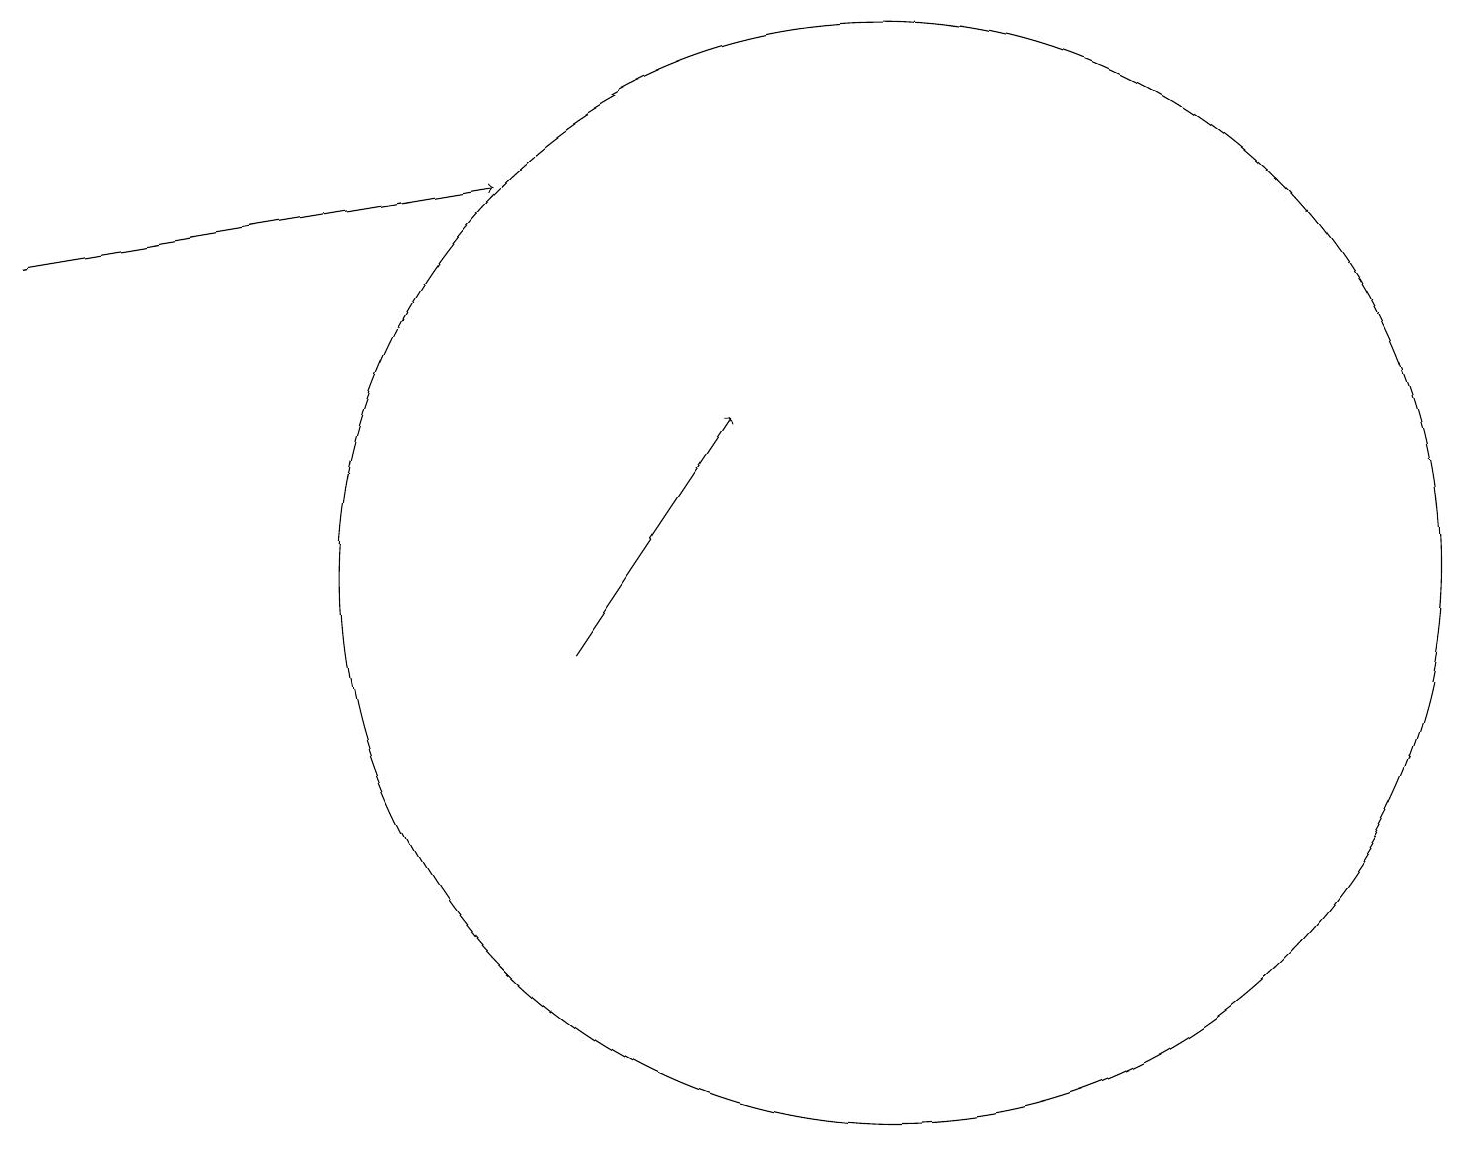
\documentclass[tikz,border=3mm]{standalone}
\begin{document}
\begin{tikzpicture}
\draw[->] (7,10) -- (9,13);
\draw[->] (0,15) -- (6,16);
\draw (11,11) circle (7);
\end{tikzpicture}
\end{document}